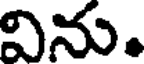
విను.